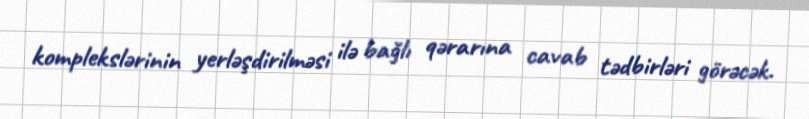
komplekslərinin yerləşdirilməsi ilə bağlı qərarına cavab tədbirləri görəcək.